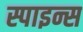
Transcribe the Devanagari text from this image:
स्पाइन्स